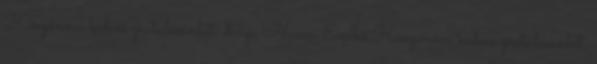
Köszönöm kedves gratulációdat, drága Noemi Enikő Köszönöm kedves gratulációdat,